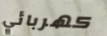
كهربائي